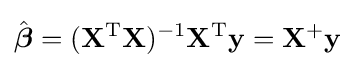
{\hat {\boldsymbol {\beta }}}=(\mathbf {X} ^{\rm {T}}\mathbf {X} )^{-1}\mathbf {X} ^{\rm {T}}\mathbf {y} =\mathbf {X} ^{+}\mathbf {y}